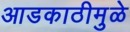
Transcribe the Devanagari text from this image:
आडकाठीमुळे